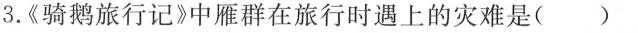
3.《骑鹅旅行记》中雁群在旅行时遇上的灾难是()